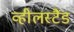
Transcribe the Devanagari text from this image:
व्हीलस्टैंड